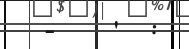
-    '  :